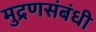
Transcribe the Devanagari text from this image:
मुद्रणसंबंधी